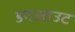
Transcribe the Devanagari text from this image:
डगआउट